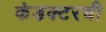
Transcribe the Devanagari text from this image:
कंडक्टरची